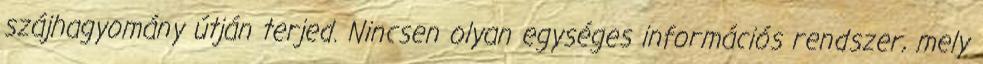
szájhagyomány útján terjed. Nincsen olyan egységes információs rendszer, mely